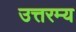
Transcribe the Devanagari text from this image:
उत्तरम्य